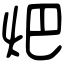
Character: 𤆵